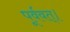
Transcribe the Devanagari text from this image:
पूर्ववत्।